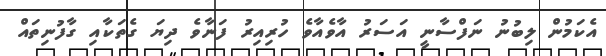
އެކަމުން ލިބުނު ނަފްސާނީ އަސަރު އާވެއާވެ ހުރިއިރު ފަނާވެ ދިޔަ ގެތަކާއި ގާފުނިތައް